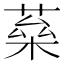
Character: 𦶖